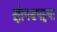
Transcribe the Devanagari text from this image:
झोपडपट्टया